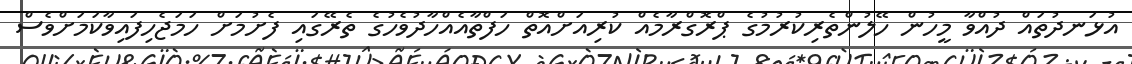
އުޅަނދުތައް ދުއްވާ މީހުން ހޭލުންތެރިކުރުމުގެ ޕްރޮގްރާމެއް ކުރިއަށްއޮތް ހަފްތާއެއްހާދުވެހުގެ ތެރޭގައި ފެށުމަށް ހަމަޖެހިފައިވާކަމަށްވެސް